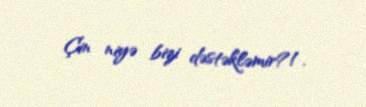
Çin niyə bizi dəstəkləmir?!.